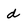
Character: d